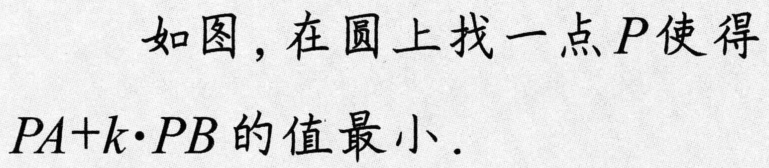
如图，在圆上找一点\(P\)使得\(PA + k\cdot PB\)的值最小.